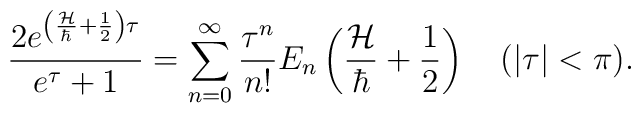
{2e^{\left({{\cal H}\over\hbar}+{1\over 2}\right)\tau}\over e^\tau +1}=\sum_{n=0}^{\infty} {\tau^n \over n!}E_n\left({{\cal H}\over\hbar}+{1\over 2}\right)\quad (|\tau|<\pi).